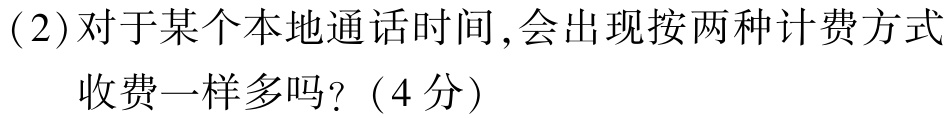
(2)对于某个本地通话时间，会出现按两种计费方式收费一样多吗？（4分）